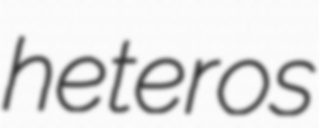
heteros